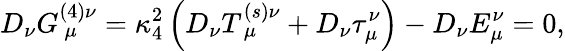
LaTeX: D_{\nu}G_{~\mu}^{(4)\nu}=\kappa_{4}^{2}\left({D_{\nu}T_{~\mu}^{(s)\nu}+D_{\nu}\tau_{\mu}^{\nu}}\right)-D_{\nu}E_{\mu}^{\nu}=0,